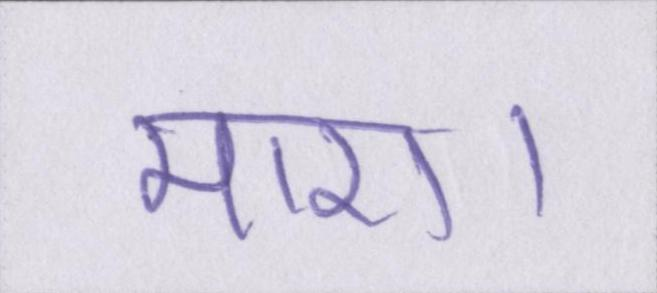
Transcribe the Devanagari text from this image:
मारा।